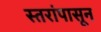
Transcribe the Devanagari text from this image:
स्तरांपासून